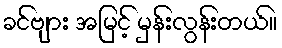
ခင်ဗျား အမြင့် မှန်းလွန်းတယ်။